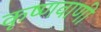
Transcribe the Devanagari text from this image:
कृष्णवाणी